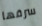
سرقها